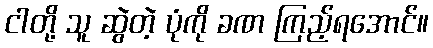
ငါတို့ သူ ဆွဲတဲ့ ပုံကို ခဏ ကြည့်ရအောင်။